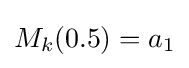
M_{k}(0.5)=a_{1}